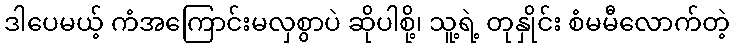
ဒါပေမယ့် ကံအကြောင်းမလှစွာပဲ ဆိုပါစို့၊ သူ့ရဲ့ တုနှိုင်း စံမမီလောက်တဲ့